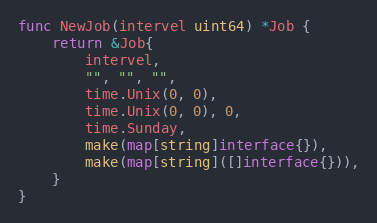
Language: Go
func NewJob(intervel uint64) *Job {
	return &Job{
		intervel,
		"", "", "",
		time.Unix(0, 0),
		time.Unix(0, 0), 0,
		time.Sunday,
		make(map[string]interface{}),
		make(map[string]([]interface{})),
	}
}